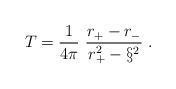
LaTeX: \begin{align*}T = \frac{1}{4\pi} \ \frac{r_+ - r_-}{r_+^2 - \S ^2} \ .\end{align*}